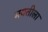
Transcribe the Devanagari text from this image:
मयतीला